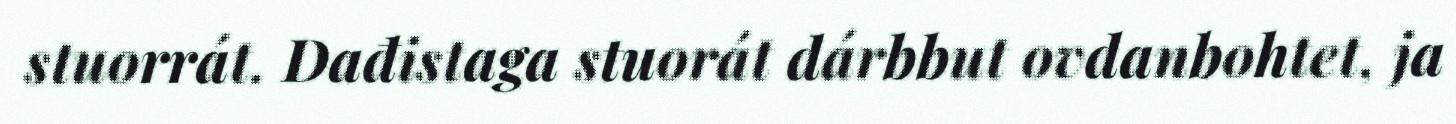
stuorrát. Dađistaga stuorát dárbbut ovdanbohtet, ja